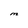
Character: M